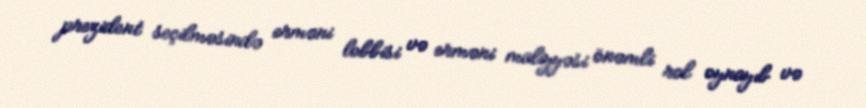
prezident seçilməsində erməni lobbisi və erməni maliyyəsi önəmli rol oynayıb və